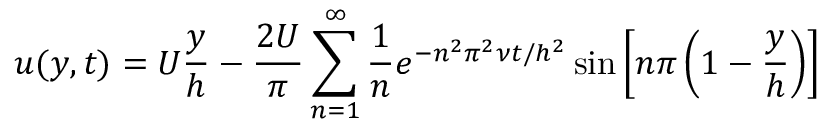
u ( y , t ) = U { \frac { y } { h } } - { \frac { 2 U } { \pi } } \sum _ { n = 1 } ^ { \infty } { \frac { 1 } { n } } e ^ { - n ^ { 2 } \pi ^ { 2 } \nu t / h ^ { 2 } } \sin \left[ n \pi \left( 1 - { \frac { y } { h } } \right) \right]